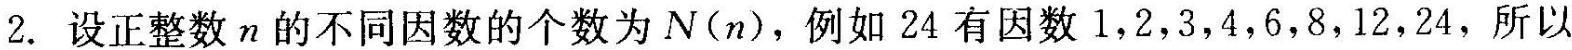
2.设正整数n的不同因数的个数为N（n），例如24有因数1，2，3，4，6，8，12，24，所以